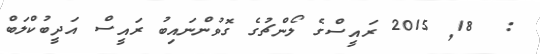
:  18